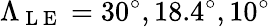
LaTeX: \Lambda_{\mathrm{~L~E~}}=30^{\circ},18.4^{\circ},10^{\circ}